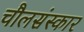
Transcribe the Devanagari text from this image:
चौलसंस्कार